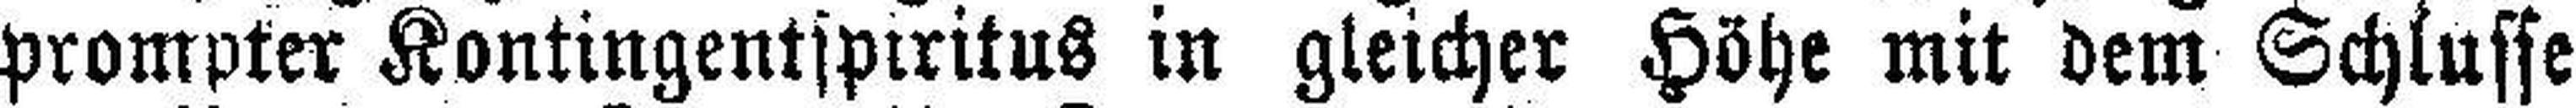
prompter Kontingentspiritus in gleicher Höhe mit dem Schlusse